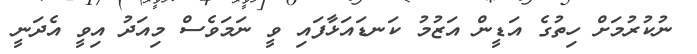
ނުކުރުމަށް ހިތުގެ އަޑީން އަޒުމު ކަނޑައަޅާފައި ވީ ނަމަވެސް މިއަދު އިވީ އެދަނީ